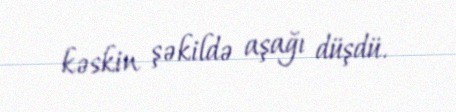
kəskin şəkildə aşağı düşdü.